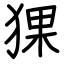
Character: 猓